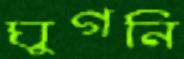
ঘুগনি